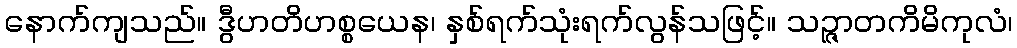
နောက်ကျသည်။ ဒွီဟတိဟစ္စယေန၊ နှစ်ရက်သုံးရက်လွန်သဖြင့်။ သဉ္ဇာတကိမိကုလံ၊